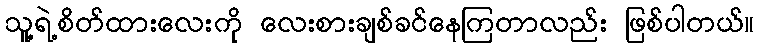
သူ့ရဲ့စိတ်ထားလေးကို လေးစားချစ်ခင်နေကြတာလည်း ဖြစ်ပါတယ်။